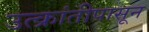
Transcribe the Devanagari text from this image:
उत्क्रांतीपासून